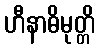
ဟီနာဓိမုတ္တိ